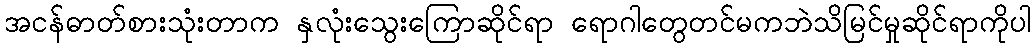
အငန်ဓာတ်စားသုံးတာက နှလုံးသွေးကြောဆိုင်ရာ ရောဂါတွေတင်မကဘဲသိမြင်မှုဆိုင်ရာကိုပါ